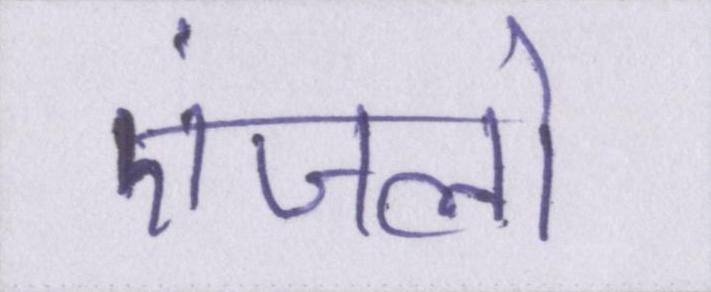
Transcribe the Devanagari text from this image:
एंजलो